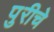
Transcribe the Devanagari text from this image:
पुरीचे